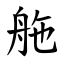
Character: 䑨